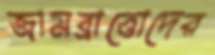
জামব্রাত্তোদের